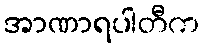
အာဏာရပါတီက